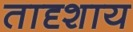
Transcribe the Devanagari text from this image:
तादृशाय